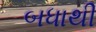
બધાથી